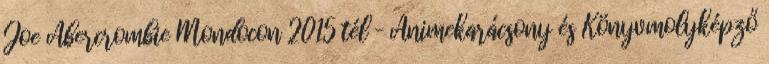
Joe Abercrombie Mondocon 2015 tél – Animekarácsony és Könyvmolyképző